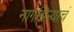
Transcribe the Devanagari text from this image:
नागझिऱ्याचं